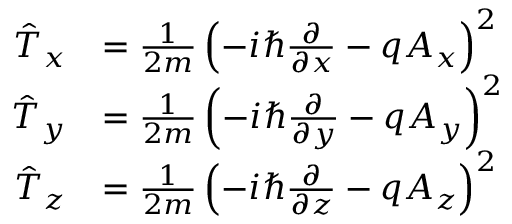
{ \begin{array} { r l } { { \hat { T } } _ { x } } & { = { \frac { 1 } { 2 m } } \left( - i \hbar { \frac { \partial } { \partial x } } - q A _ { x } \right) ^ { 2 } } \\ { { \hat { T } } _ { y } } & { = { \frac { 1 } { 2 m } } \left( - i \hbar { \frac { \partial } { \partial y } } - q A _ { y } \right) ^ { 2 } } \\ { { \hat { T } } _ { z } } & { = { \frac { 1 } { 2 m } } \left( - i \hbar { \frac { \partial } { \partial z } } - q A _ { z } \right) ^ { 2 } } \end{array} } \,